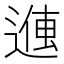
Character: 𬨽